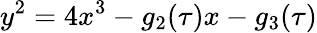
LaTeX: y^{2}=4x^{3}-g_{2}(\tau)x-g_{3}(\tau)